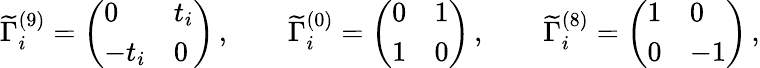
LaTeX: \widetilde{\Gamma}_{i}^{(9)}=\left(\begin{array}{ll}{{0}}&{{t_{i}}}\\ {{-t_{i}}}&{{0}}\end{array}\right)\, ,\qquad\widetilde{\Gamma}_{i}^{(0)}=\left(\begin{array}{ll}{{0}}&{{1}}\\ {{1}}&{{0}}\end{array}\right)\, ,\qquad\widetilde{\Gamma}_{i}^{(8)}=\left(\begin{array}{ll}{{1}}&{{0}}\\ {{0}}&{{-1}}\end{array}\right)\, ,